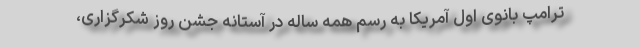
ترامپ بانوی اول آمریکا به رسم همه ساله در آستانه جشن روز شکرگزاری،